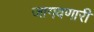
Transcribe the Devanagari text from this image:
जागवणारी